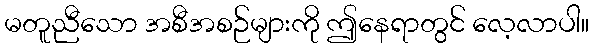
မတူညီသော အစီအစဉ်များကို ဤနေရာတွင် လေ့လာပါ။